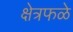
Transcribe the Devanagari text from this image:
क्षेत्रफळे